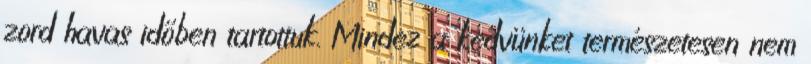
zord havas időben tartottuk. Mindez a kedvünket természetesen nem